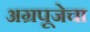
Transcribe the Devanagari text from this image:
अग्रपूजेचा